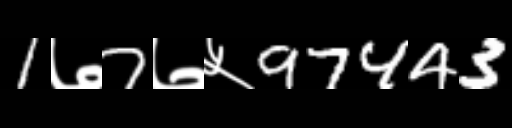
Text: 1७7७५97443